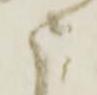
申